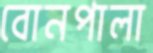
বোনপালা